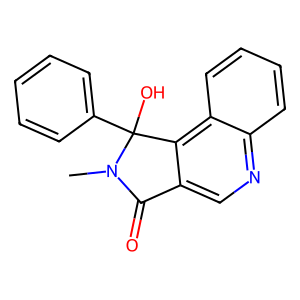
SMILES: CN1C(=O)c2cnc3ccccc3c2C1(O)c1ccccc1
Inhibits HIV replication: No